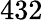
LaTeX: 432